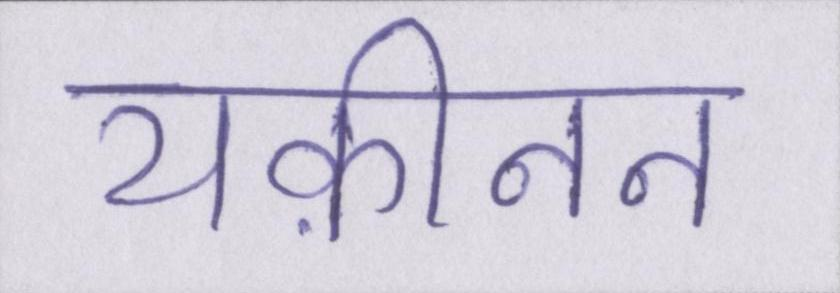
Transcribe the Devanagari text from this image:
यक़ीनन